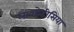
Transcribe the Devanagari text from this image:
लाओडीसिया